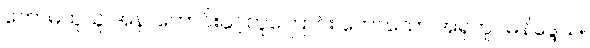
ကောဓထူသူ အနာဟောင်းနှင့်တူကြောင်း ဟောသော အရုကူပမနိဒ္ဒေသ။